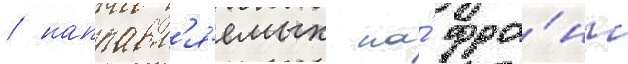
/ направл'я́емых на́ фро́нт